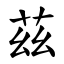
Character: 茲